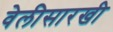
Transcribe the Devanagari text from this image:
वेलीसारखी